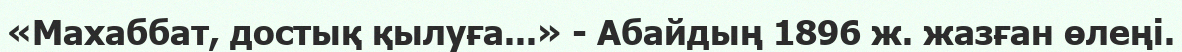
«Махаббат, достық қылуға...» - Абайдың 1896 ж. жазған өлеңі.